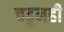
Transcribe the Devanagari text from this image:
चढूनही